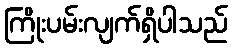
ကြိုးပမ်းလျက်ရှိပါသည်